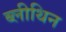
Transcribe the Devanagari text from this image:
ब्लीथिन